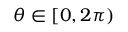
\theta \in [ 0 , 2 \pi )